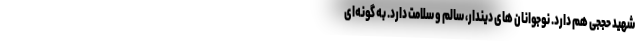
شهید حججی هم دارد. نوجوانان های دیندار، سالم و سلامت دارد. به گونه‌ای